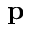
\mathbf { p }